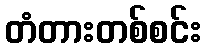
တံတားတစ်စင်း